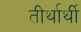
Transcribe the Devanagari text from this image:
तीर्थार्थी